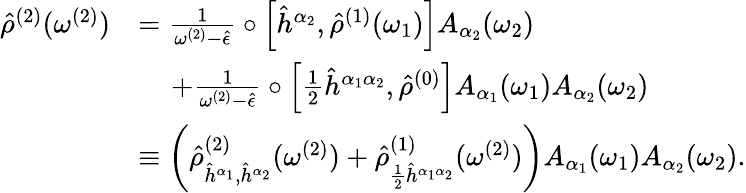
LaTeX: \begin{array}{rl}{\hat{\rho}^{(2)}(\omega^{(2)})}&{=\frac{1}{\omega^{(2)}-\hat{\epsilon}}\circ\left[\hat{h}^{\alpha_{2}},\hat{\rho}^{(1)}(\omega_{1})\right]A_{\alpha_{2}}(\omega_{2})}\\ &{\, \, \, \, \, \, \, +\frac{1}{\omega^{(2)}-\hat{\epsilon}}\circ\left[\frac{1}{2}\hat{h}^{\alpha_{1}\alpha_{2}},\hat{\rho}^{(0)}\right]A_{\alpha_{1}}(\omega_{1})A_{\alpha_{2}}(\omega_{2})}\\ &{\equiv\left(\hat{\rho}_{\hat{h}^{\alpha_{1}},\hat{h}^{\alpha_{2}}}^{(2)}(\omega^{(2)})+\hat{\rho}_{\frac{1}{2}\hat{h}^{\alpha_{1}\alpha_{2}}}^{(1)}(\omega^{(2)})\right)A_{\alpha_{1}}(\omega_{1})A_{\alpha_{2}}(\omega_{2})\mathrm{.}}\end{array}